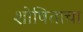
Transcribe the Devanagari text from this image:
शोषिताचा